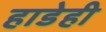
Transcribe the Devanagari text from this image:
हाडेही